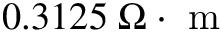
0 . 3 1 2 5 \; \Omega \cdot \mathrm { ~ m ~ }